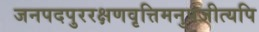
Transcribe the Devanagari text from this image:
जनपदपुररक्षणवृत्तिमनुपजीत्यपि